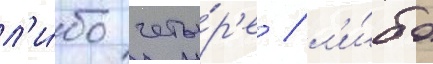
л'и́бо четы́р'е / л'и́бо